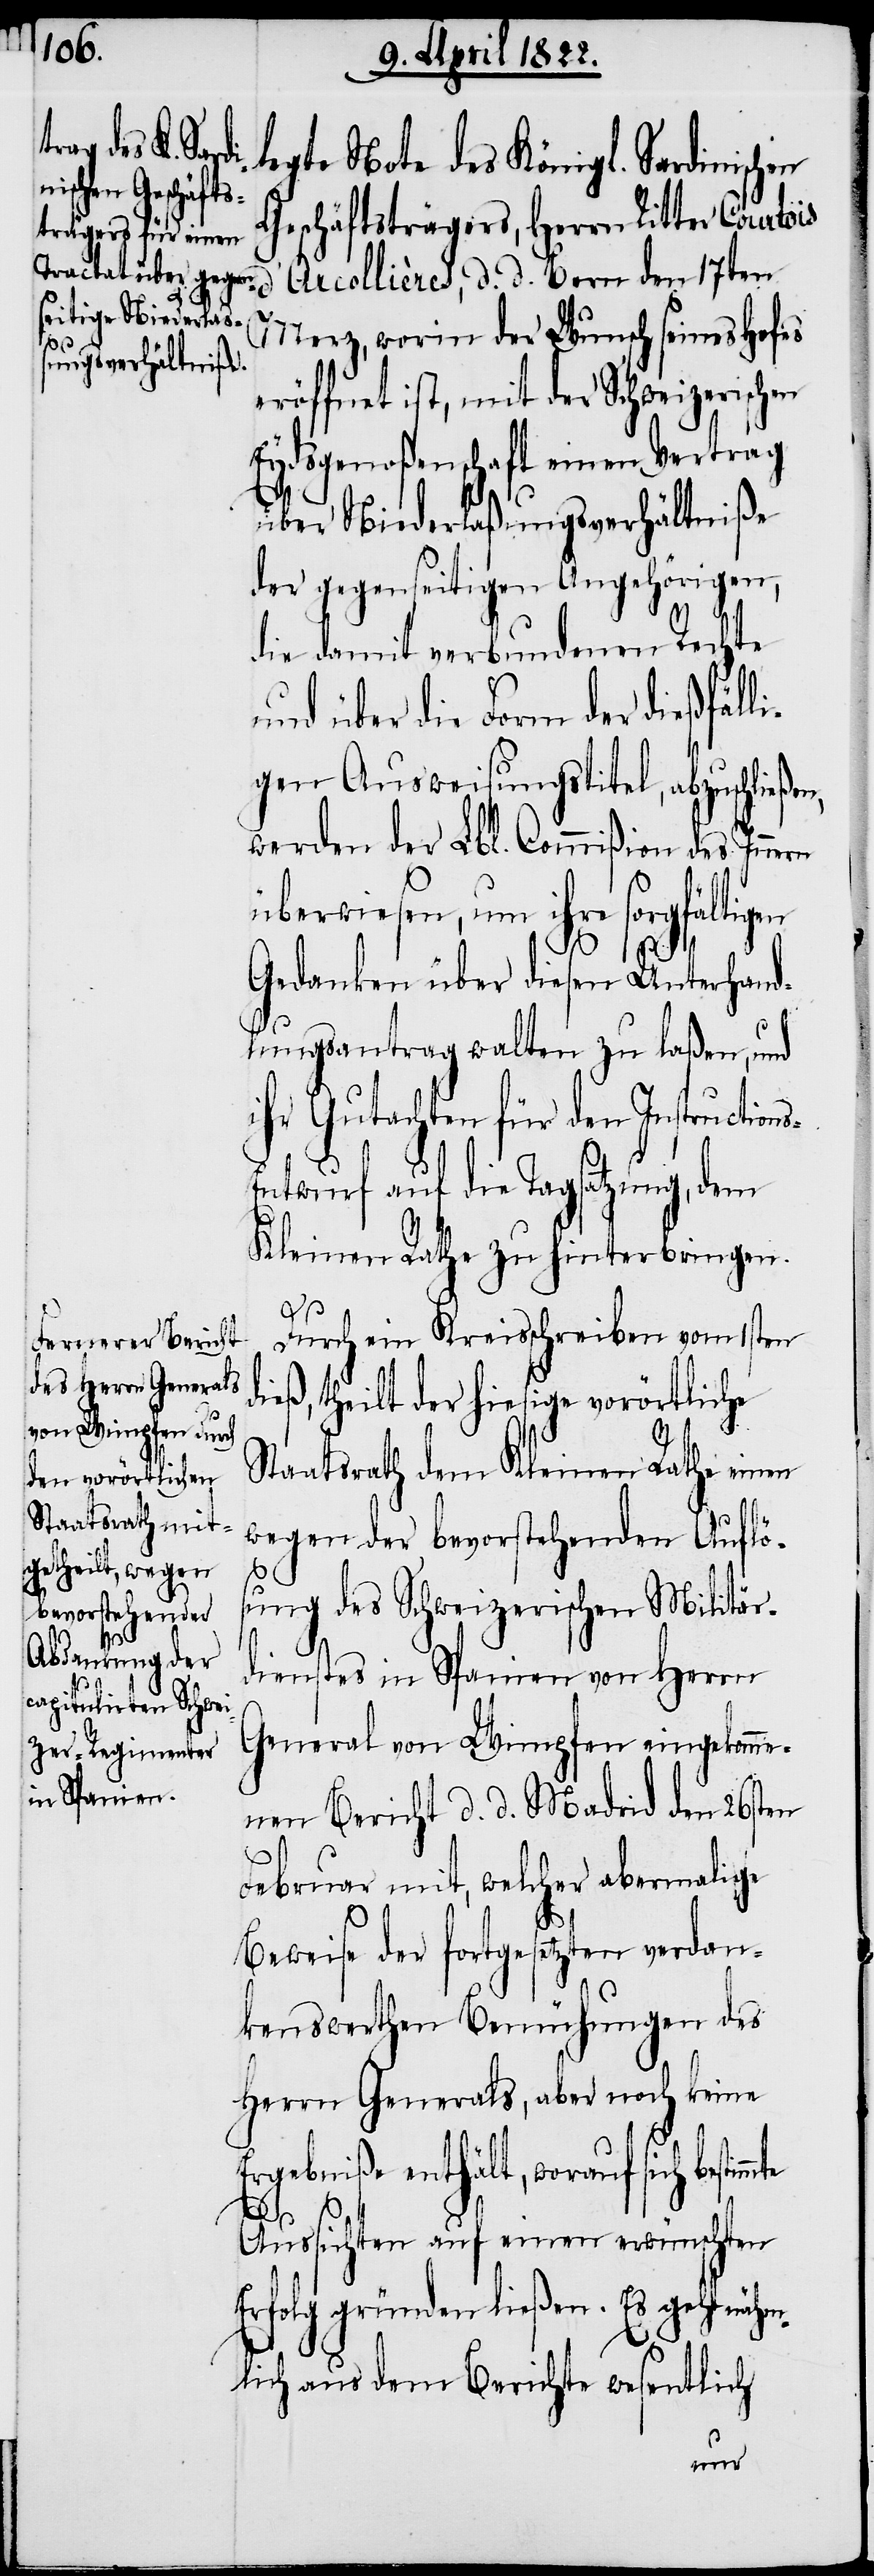
legte Note des Königl. Sardinischen
Geschäftsträgers, Herrn Ritter Courtois
Arcollière, d. d. Bern den 17ten
Merz, worin der Wunsch seines Hofes
eröffnet ist, mit der Schweizerischen
Eydsgenoßenschaft einen Vertrag
über Niederlaßungsverhältniße
der gegenseitigen Angehörigen,
die damit verbundenen Rechte
und über die Form der dießfäll¬
igen Ausweisungstitel, abzuschließen,
werden der Lbl. Commißion des Innern
überwiesen, um ihre sorgfältigen
Gedanken über diesen Unterhand¬
lungsantrag walten zu laßen, und
ihr Gutachten für den Instruction¬
ntwurf auf die Tagsatzung, dem
Kleinen Rathe zu hinterbringen.
Durch ein Kreisschreiben vom 1sten
ieß, theilt der hiesige vorörtliche
Staatsrath dem Kleinen Rathe einen
wegen der bevorstehenden Auflös¬
ung des Schweizerischen Militär¬
dienstes in Spanien von Herrn
General von Wimpfen eingekomme¬
nen Bericht d. d. Madrid den 26sten
Februar mit, welcher abermalige
Beweise der fortgesetzten verdan¬
kenswerthen Bemühungen des
Herrn Generals, aber noch keine
Ergebniße enthält, worauf sich bestim¬
mte
Aussichten auf einen erwünschten
Erfolg gründen ließen. Es geht näh¬
mlich aus dem Berichte wesentlich